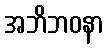
အဘိဘဝနာ